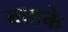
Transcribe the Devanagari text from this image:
बताके